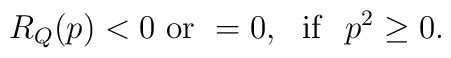
R_Q(p)<0 \ {\rm or} \ =0,\ \ {\rm if} \ \ p^2\geq 0.